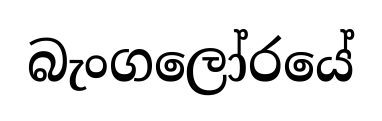
බැංගලෝරයේ